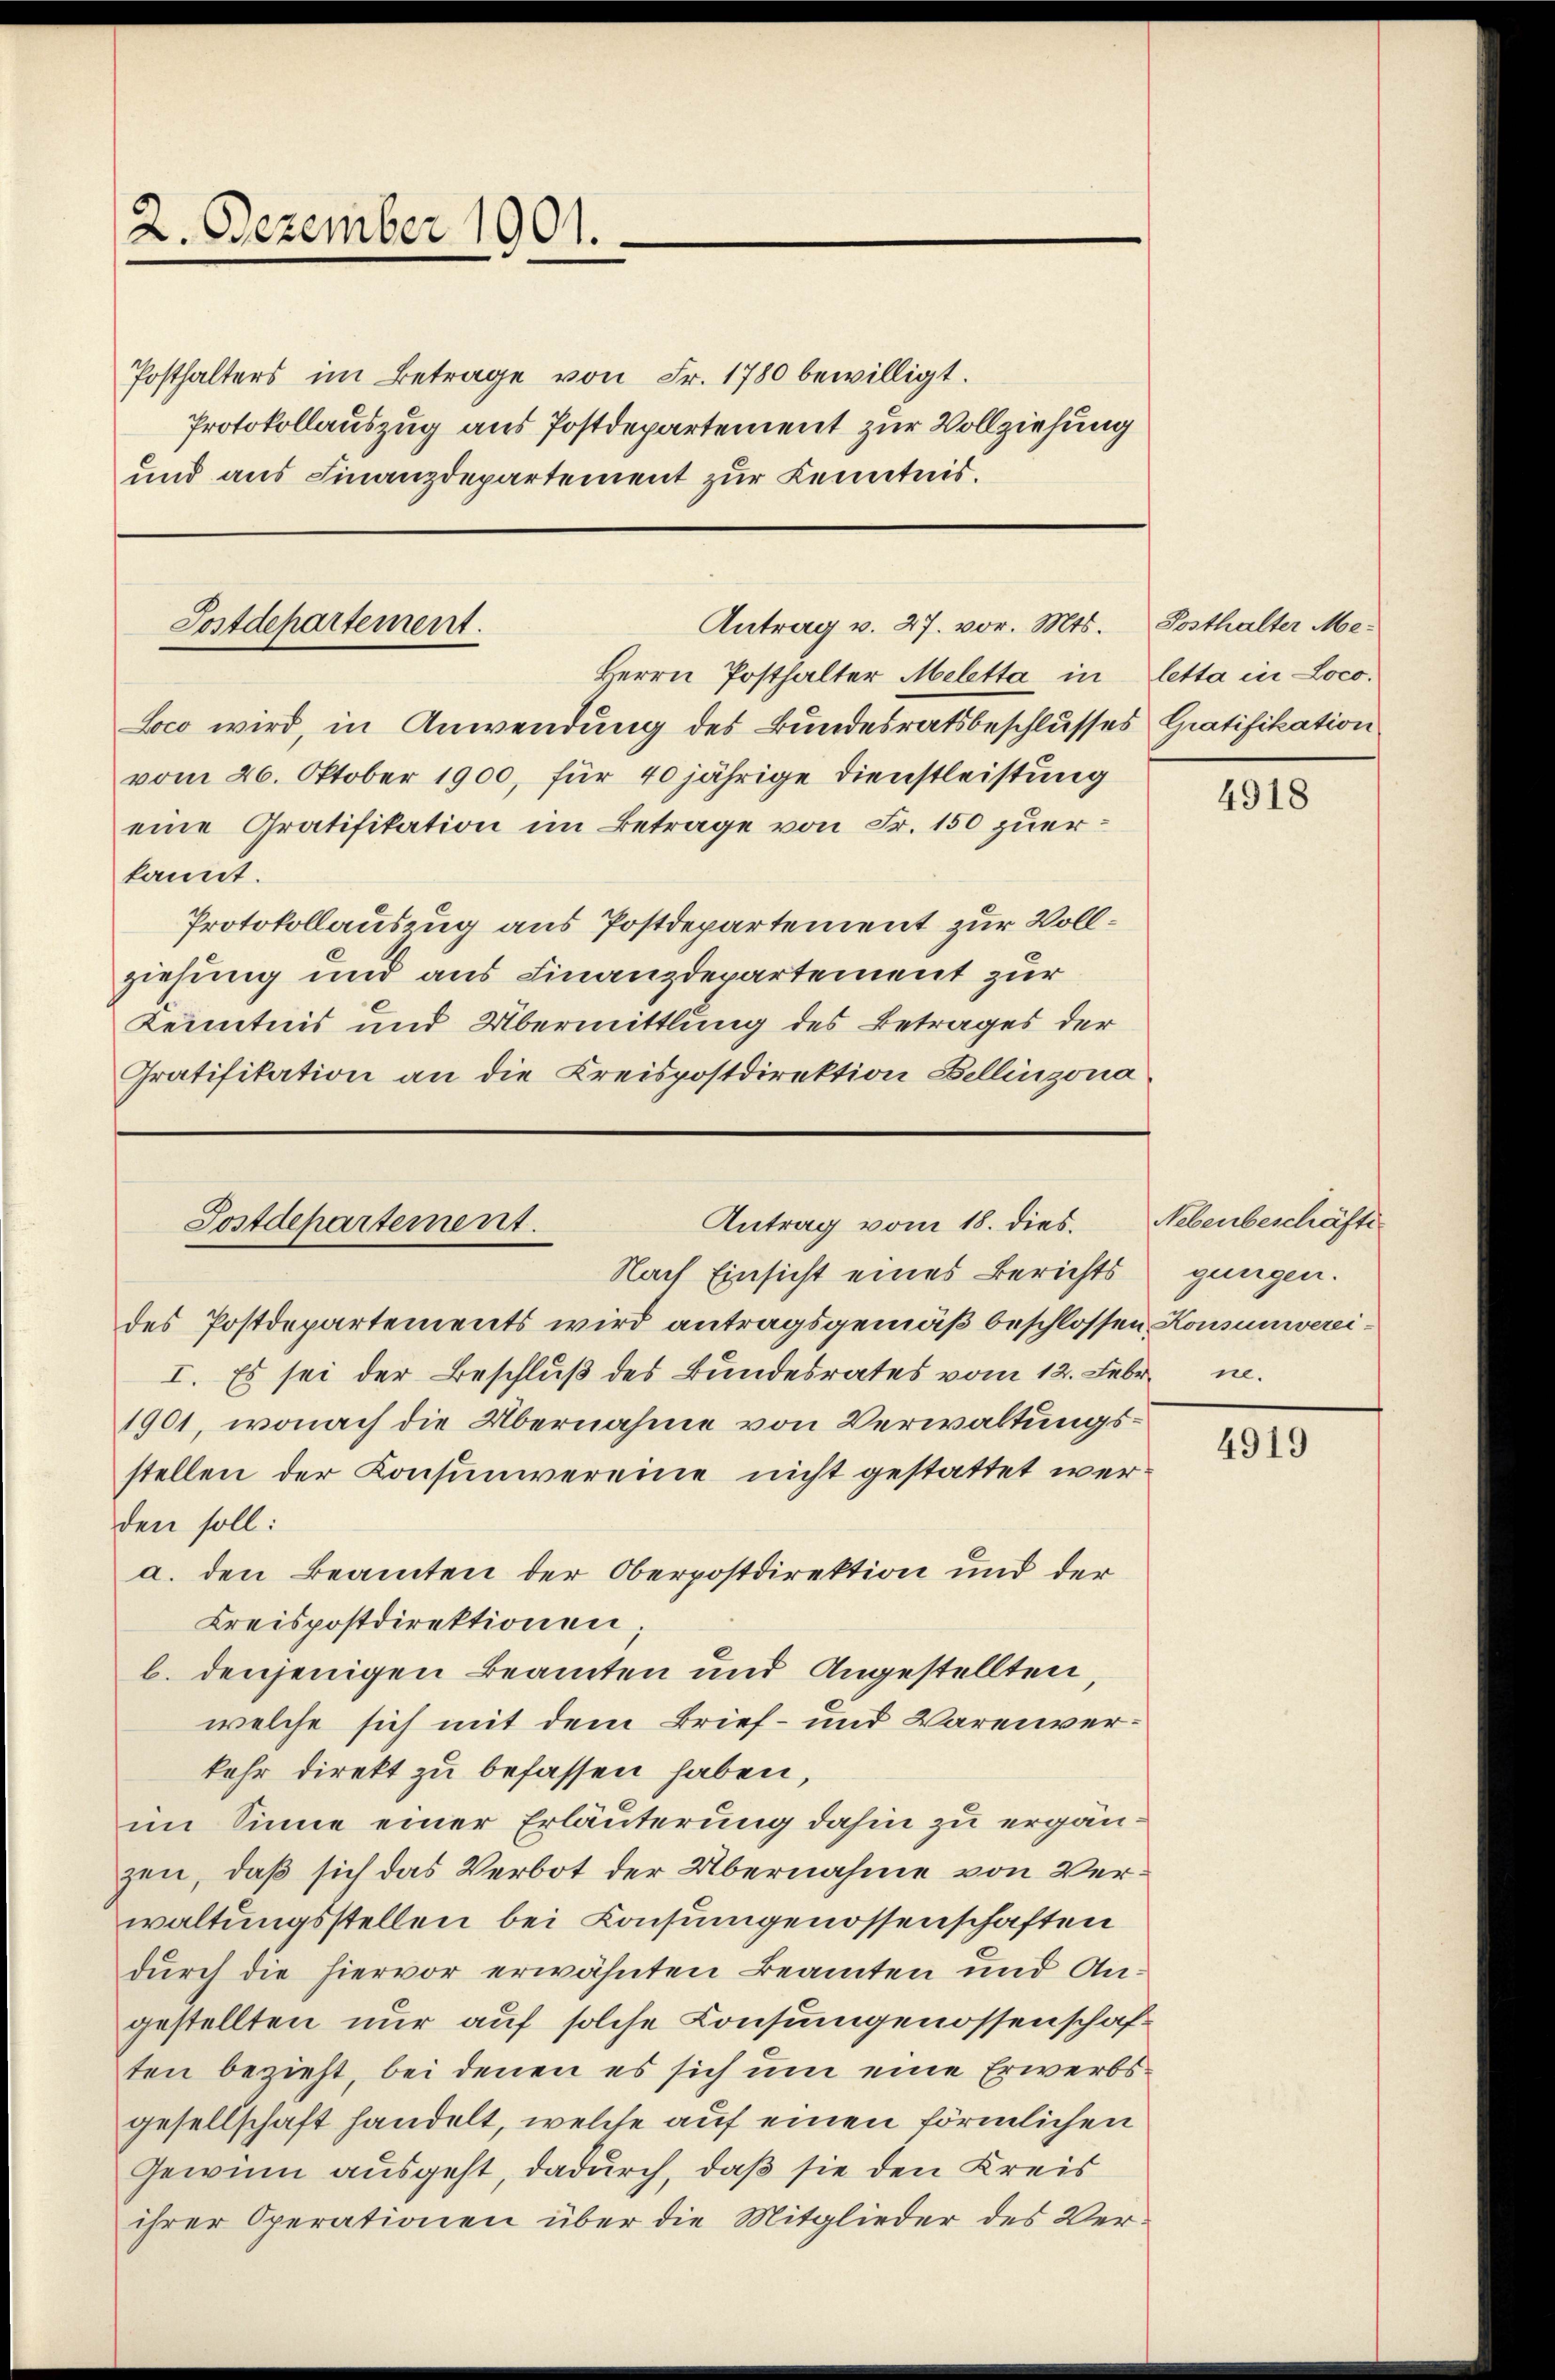
2. Dezember 1901.

Posthalters im Betrage von Fr. 1780 bewilligt.
Protokollauszug aus Postdepartement zur Vollziehung
und aus Finanzdepartement zur Kenntnis.

Antrag v. 27. vor. Mts.
Postdepartement.
Herrn Posthalter Meletta in letta in Loco¬

Loco wird, in Anwendung des Bundesratsbeschlusses Gratifikation
vom 26. Oktober 1900, für 40 jährige Dienstleistung
eine Gratifikation im Betrage von Fr. 150 zuerkannt.
Protokollauszug aus Postdepartement zur Vollziehung und aus Finanzdepartement zur
Kenntnis und Übermittlung des Betrages der
Gratifikation an die Kreispostdirektion Bellinzona

Postdepartement.
Antrag vom 18. dies.
Nach Einsicht eines Berichts

des Postdepartements wird antragsgemäß beschlossen Konsumverei¬
I. Es sei der Beschluß des Bundesrates vom 12. Febr. n.
1901, wonach die Übernahme von Verwaltungsstellen der Konsumvereine nicht gestattet werden soll:
a. den Beamten der Oberpostdirektion und der
Kreispostdirektionen
b. denjenigen Beamten und Angestellten,
welche sich mit dem Brief- und Warenverkehr direkt zu befassen haben,
im Sinne einer Erläuterung dahin zu ergänzen, daß sich das Verbot der Übernahme von Verwaltungsstellen bei Konsungenossenschaften
durch die hiervor erwähnten Beamten und Angestellten nur auf solche Consungenossenschaft
ten bezieht, bei denen es sich um eine Erwerbsgesellschaft handelt, welche auf einen förmlichen
Gewinn ausgeht, dadurch, daß sie den Kreis
ihrer Operationen über die Mitglieder des Ver¬

Posthalter Me¬

4918

Nebenbeschäfte
gungen.

4919